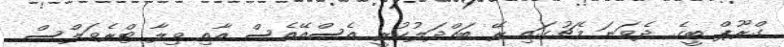
ގްރޫޕް ބީގެ ދެވަނަ މެޗުގައި ރޭ ބައްދަލުކުރީ އެސްއޭއެސް އާއި ވިލާ ޓްރެވަލްސް